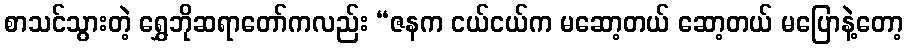
စာသင်သွားတဲ့ ရွှေဘိုဆရာတော်ကလည်း “ဇနက ငယ်ငယ်က မဆော့တယ် ဆော့တယ် မပြောနဲ့တော့